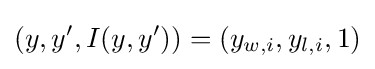
(y,y',I(y,y'))=(y_{w,i},y_{l,i},1)